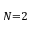
N { = } 2